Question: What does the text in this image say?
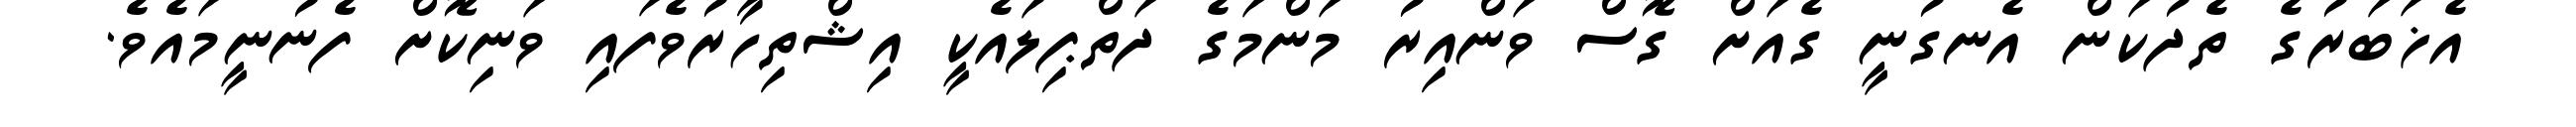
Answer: އެޚަބަރުގެ ތެދުކަން އެނގުނީ ގެއަށް ގޮސް ވަންއިރު މަންމަގެ ދަތްޕިލައެކީ އިޝްތިހާރުވެފައި ވަނިކޮށް ފެނުނީމައެވެ.